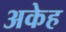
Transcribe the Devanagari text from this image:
अकेह